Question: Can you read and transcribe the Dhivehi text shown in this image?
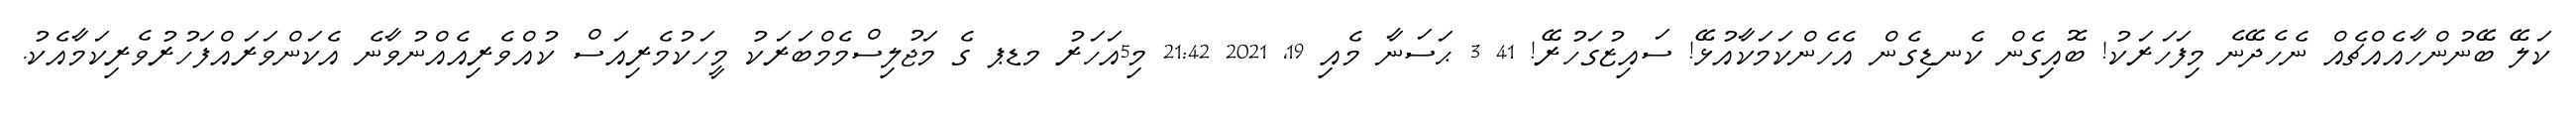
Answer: ކަލޭ ބޭނުންހާއެއްޗެއް ނެހެދޭނެ މިފަހަރަކު! ބޮއިގެން ކެނޑިގެން އެހެންކަމަކާއުޅޭ! ސައިޒުގަހުރޭ! 41 3 ޙަސަނާ މެއި 19, 2021 21:42 މި5އަހަރު މޑޕ ގެ މަޖުލިސްމެމްބަރަކު މީހަކުމެރިއަސް ކުއްވެރިއެއްނުވާނެ އެކަންވަރައްފަހުރުވެރިކަމާއެކު.